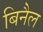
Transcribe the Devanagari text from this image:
बिनैल